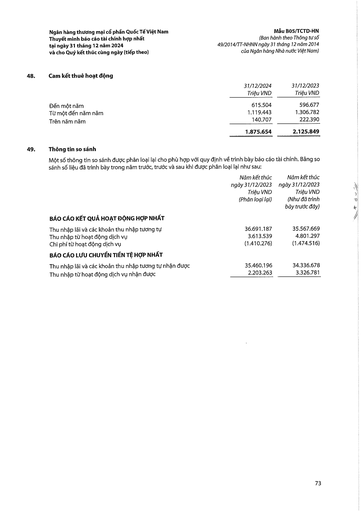
||31/12/2024 Triệu VND|31/12/2023 Triệu VND| |---|---|---| |Đến một năm|615.504|596.677| |Từ một đến năm năm|1.119.443|1.306.782| |Trên năm năm|140.707|222.390| ||1.875.654|2.125.849| ||Năm kết thúc ngày 31/12/2023 Triệu VND (Phân loại lại)|Năm kết thúc ngày 31/12/2023 Triệu VND (Như đã trình bày đầy)| |---|---|---| |BÁO CÁO KẾT QUẢ HOẠT ĐỘNG HỢP NHẤT||| |Thu nhập lãi và các khoản thu nhập tương tự|36.691.187|35.567.669| |Thu nhập từ hoạt động dịch vụ|3.613.539|4.801.297| |Chi phí từ hoạt động dịch vụ|(1.410.276)|(1.474.516)| |BÁO CÁO LƯU CHUYỂN TIỀN TỆ HỢP NHẤT||| |Thu nhập lãi và các khoản thu nhập tương tự nhận được|35.460.196|34.336.678| |Thu nhập từ hoạt động dịch vụ nhận được|2.203.263|3.326.781|